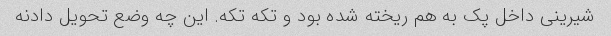
شیرینی داخل پک به هم ریخته شده بود و تکه تکه. این چه وضع تحویل دادنه